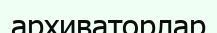
архиваторлар